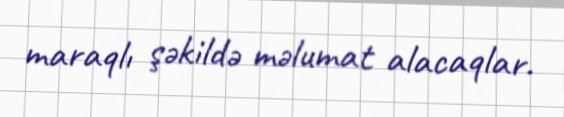
maraqlı şəkildə məlumat alacaqlar.